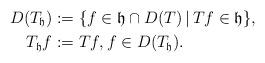
LaTeX: \begin{align*}D(T_\mathfrak{h})&:=\{ f\in \mathfrak{h}\cap D(T) \,|\, Tf\in\mathfrak{h} \}, \\T_\mathfrak{h}f&:=Tf,f\in D(T_\mathfrak{h}).\end{align*}